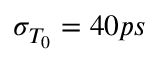
\sigma _ { T _ { 0 } } = 4 0 p s